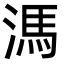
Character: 溤